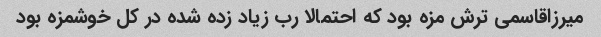
میرزاقاسمی ترش مزه بود که احتمالا رب زیاد زده شده در کل خوشمزه بود